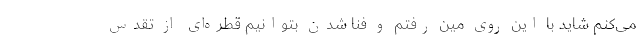
می‌کنم شاید با این روی مین رفتم و فنا شدن بتوانیم قطره‌ای از تقدس